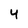
Character: 4